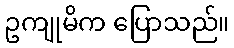
ဥကျုမိက ပြောသည်။